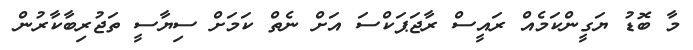
މާ ބޮޑު ޔަގީންކަމެއް ރައީސް ރާޖަޕަކްސަ އަށް ނެތް ކަމަށް ސިޔާސީ ތަޖުރިބާކާރުން